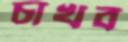
চাখব